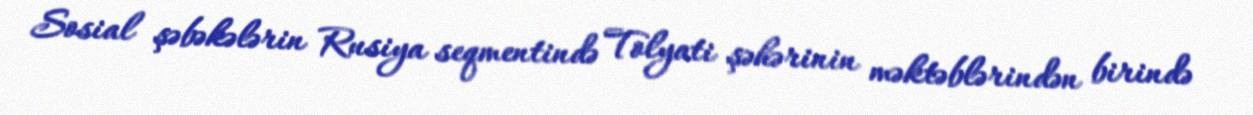
Sosial şəbəkələrin Rusiya seqmentində Tolyati şəhərinin məktəblərindən birində